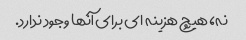
نه، هیچ هزینه ای برای آنها وجود ندارد.